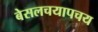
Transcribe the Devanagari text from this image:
बेसलचयापचय